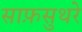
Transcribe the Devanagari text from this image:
साफ़सुथरे